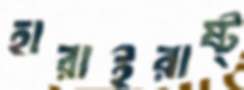
হারাইরাষ্ট্